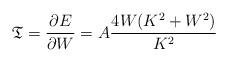
LaTeX: \begin{align*}{\mathfrak{T}} = \frac{\partial E}{\partial W} = A \frac{4W(K^2+W^2)}{K^2}\end{align*}